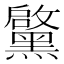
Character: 𮮝